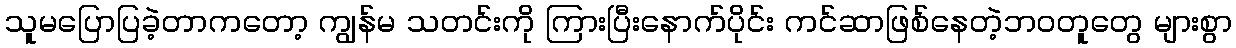
သူမပြောပြခဲ့တာကတော့ ကျွန်မ သတင်းကို ကြားပြီးနောက်ပိုင်း ကင်ဆာဖြစ်နေတဲ့ဘဝတူတွေ များစွာ